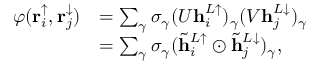
\begin{array} { r l } { \varphi ( \mathbf { r } _ { i } ^ { \uparrow } , \mathbf { r } _ { j } ^ { \downarrow } ) } & { = \sum _ { \gamma } \sigma _ { \gamma } ( U \mathbf { h } _ { i } ^ { L \uparrow } ) _ { \gamma } ( V \mathbf { h } _ { j } ^ { L \downarrow } ) _ { \gamma } } \\ & { = \sum _ { \gamma } \sigma _ { \gamma } ( \tilde { \mathbf { h } } _ { i } ^ { L \uparrow } \odot \tilde { \mathbf { h } } _ { j } ^ { L \downarrow } ) _ { \gamma } , } \end{array}